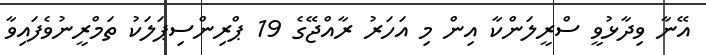
އޭނާ ވިދާޅުވީ ސްރީލަންކާ އިން މި އަހަރު ރާއްޖޭގެ 19 ޕްރިންސިޕަލަކު ތަމްރީނުވެފައިވާ